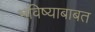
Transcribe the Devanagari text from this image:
भविष्याबाबत